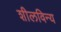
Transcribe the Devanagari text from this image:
शीलविन्य